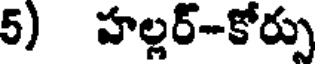
5) హల్లర్-కోర్పు